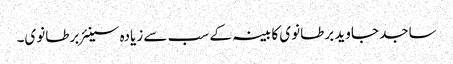
ساجد جاوید برطانوی کابینہ کے سب سے زیادہ سینئر برطانوی۔